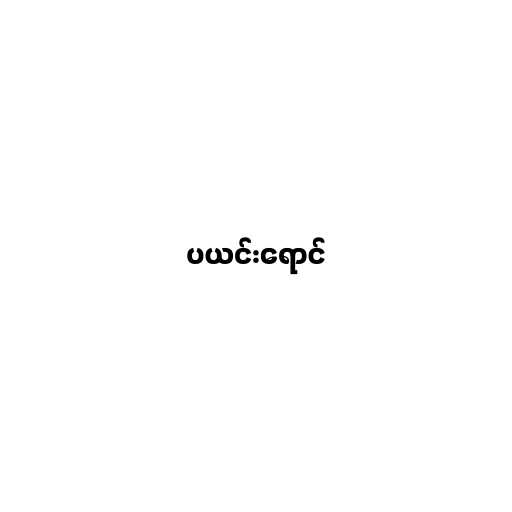
ပယင်းရောင်